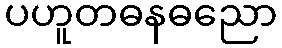
ပဟူတဓနဓညော